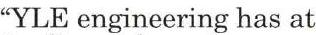
"YLE engineering has at